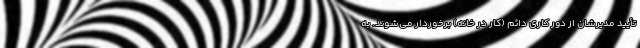
تأیید مدیرشان از دور کاری دائم (کار در خانه) برخوردار می‌شوند. به